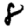
Digit: 8